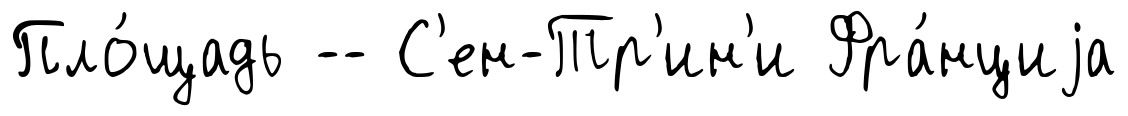
Пло́щадь -- С'ен-Тр'ин'и Фра́нциjа